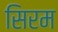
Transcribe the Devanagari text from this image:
सिरम